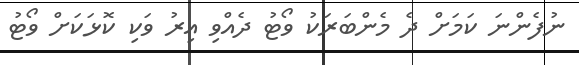
ނުފެންނަ ކަމަށް ދެ މެންބަރަކު ވޯޓު ދެއްވި އިރު ވަކި ކޮޅަކަށް ވޯޓު